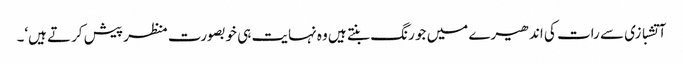
آتشبازی سے رات کی اندھیرے میں جو رنگ بنتے ہیں وہ نہایت ہی خوبصورت منظر پیش کرتے ہیں‘۔